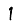
Digit: 1